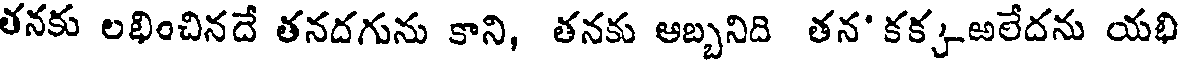
తనకు లభించినదే తనదగును కాని, తనకు ఆబ్బనిది తన' కక్కఱలేదను యభి